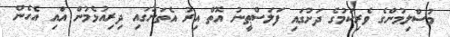
މުސްލިމުންގެ ވެރިކަމުގެ ދަށުގައި ފަލަސްޠީނު އޮތް އިރު އެތަނުގައި ދިރިއުޅެމުން އައި އެހެން